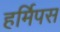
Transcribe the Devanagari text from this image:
हर्मिपस